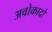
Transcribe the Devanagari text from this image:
अवोकादो